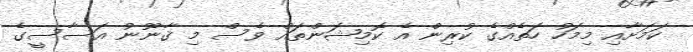
ކަމަށާއި މިމަހު ހަތެއްގެ ކުރިން އެ ކޮމިޝަންތައް ވެސް މި ޤާނޫނު އަސާސީގެ